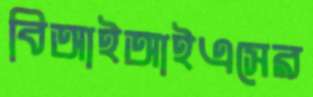
বিআইআইএসের